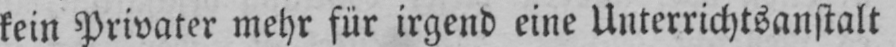
kein Privater mehr für irgend eine Unterrichtsanstalt